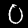
Label: 0